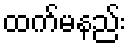
ထက်မနည်း